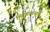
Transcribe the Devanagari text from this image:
मिटवावयाचें